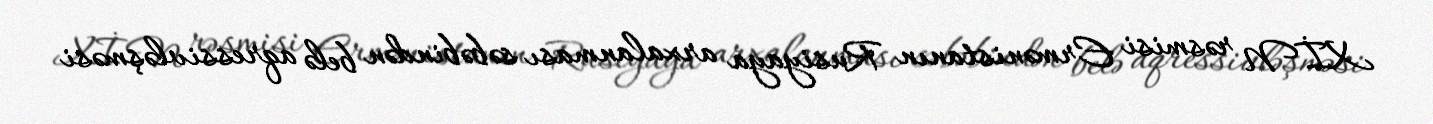
XİN rəsmisi Ermənistanın Rusiyaya arxalanması səbəbindən belə aqressivləşməsi